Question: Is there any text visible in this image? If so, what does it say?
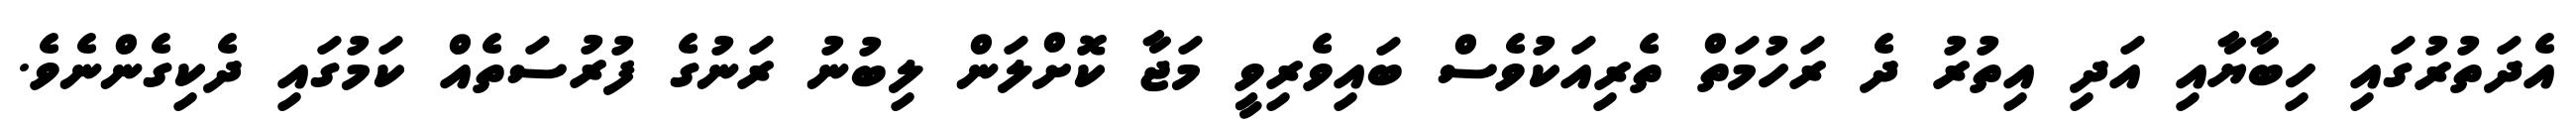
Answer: އެދަތުރުގައި ހިބާޔާއި އަދި އިތުރު ދެ ރަހުމަތް ތެރިއަކުވެސް ބައިވެރިވީ މަޖާ ކޮށްލަން ލިބުނު ރަނުގެ ފުރުސަތެއް ކަމުގައި ދެކިގެންނެވެ.